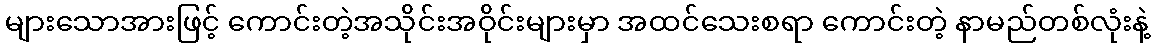
များသောအားဖြင့် ကောင်းတဲ့အသိုင်းအဝိုင်းများမှာ အထင်သေးစရာ ကောင်းတဲ့ နာမည်တစ်လုံးနဲ့